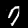
Label: 7